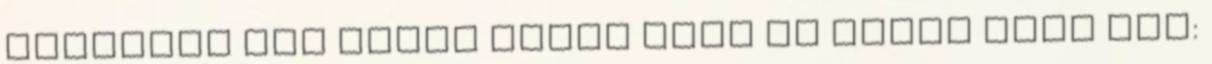
dulakodó két vitéz közül csak az egyik kelt föl: